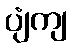
ပျံကျ